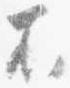
不